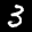
Label: 3